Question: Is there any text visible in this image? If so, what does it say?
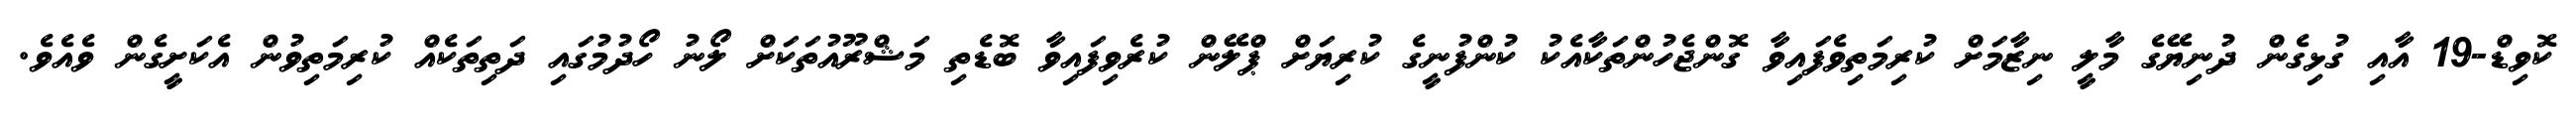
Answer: ކޮވިޑް-19 އާއި ގުޅިގެން ދުނިޔޭގެ މާލީ ނިޒާމަށް ކުރިމަތިވެފައިވާ ގޮންޖެހުންތަކާއެކު ކުންފުނީގެ ކުރިޔަށް ޕްލޭން ކުރެވިފައިވާ ބޮޑެތި މަޝްރޫއުތަކަށް ލޯނު ހޯދުމުގައި ދަތިތަކެއް ކުރިމަތިވުން އެކަށީގެން ވެއެވެ.